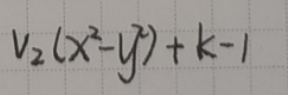
$v_{2}(x^{2}-y^{2})+k - 1$